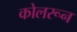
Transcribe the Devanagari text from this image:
कोलरून